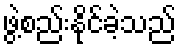
ဖွဲ့စည်းနိုင်ခဲ့သည်